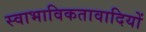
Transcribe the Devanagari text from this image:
स्वाभाविकतावादियों